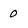
Character: 0